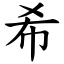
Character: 希